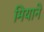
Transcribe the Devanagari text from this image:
मियाने